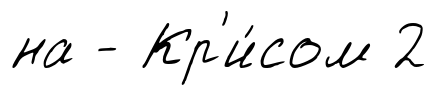
на - Кр'и́сом 2